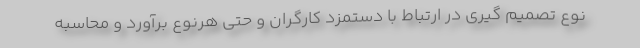
نوع تصمیم گیری در ارتباط با دستمزد کارگران و حتی هرنوع برآورد و محاسبه